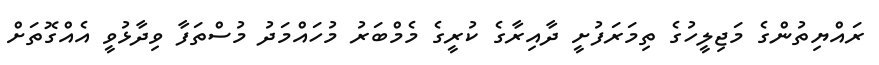
ރައްޔިތުންގެ މަޖިލީހުގެ ތިމަރަފުށީ ދާއިރާގެ ކުރީގެ މެމްބަރު މުހައްމަދު މުސްތަފާ ވިދާޅުވީ އެއްގޮތަށް